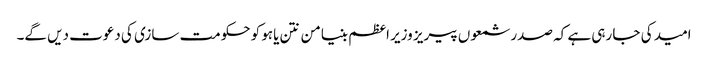
امید کی جا رہی ہے کہ صدر شمعوں پیریز وزیر اعظم بنیامن نتن یاہو کو حکومت سازی کی دعوت دیں گے۔